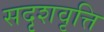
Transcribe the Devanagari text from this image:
सदृशवृत्ति